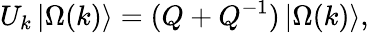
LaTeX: U_{k}\left|\Omega(k)\right\rangle=(Q+Q^{-1})\left|\Omega(k)\right\rangle,